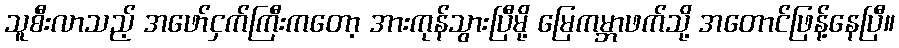
သူစီးလာသည့် အဖော်ငှက်ကြီးကတော့ အားကုန်သွားပြီမို့ မြေကမ္ဘာဖက်သို့ အတောင်ဖြန့်နေပြီ။